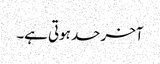
آخر حد ہوتی ہے۔